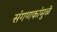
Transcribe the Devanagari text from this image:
संगणकांमुळे